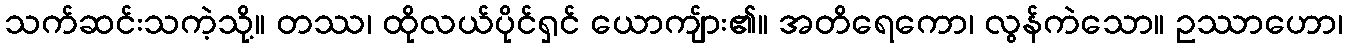
သက်ဆင်းသကဲ့သို့။ တဿ၊ ထိုလယ်ပိုင်ရှင် ယောကျ်ား၏။ အတိရေကော၊ လွန်ကဲသော။ ဥဿာဟော၊